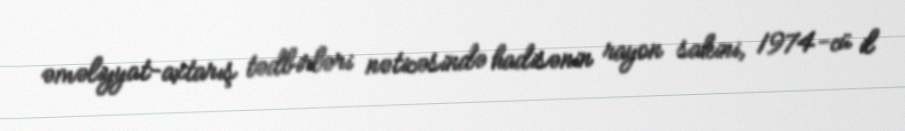
əməliyyat-axtarış tədbirləri nəticəsində hadisənin rayon sakini, 1974-cü il